Annual administration report of the Civil Veterinary Department of India - 1905-1906
Year: 1905
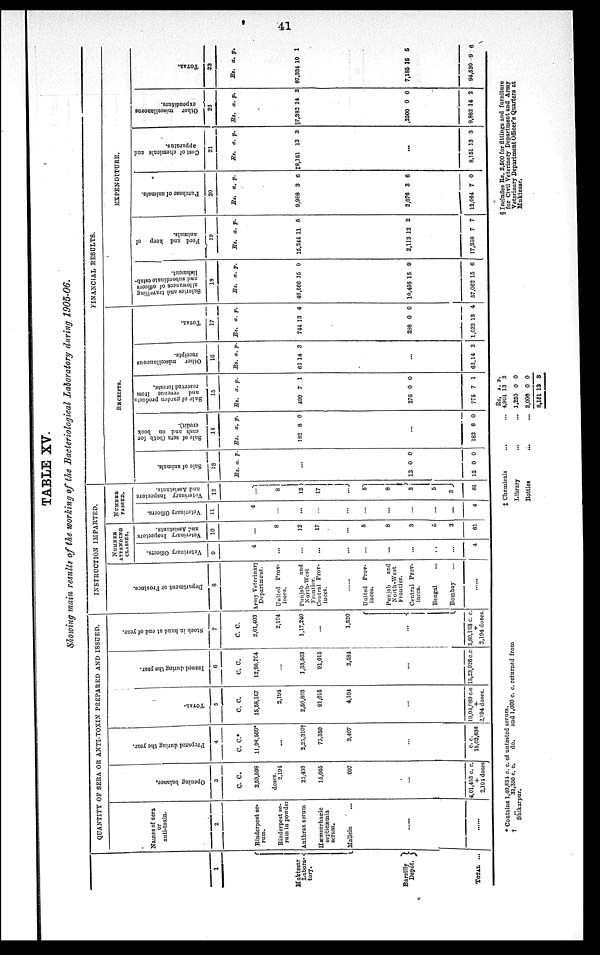
41
TABLE XV.
Showing main results of the working of the Bacteriological Laboratory during 1905-06.
1
Muktesar
Labora¬
tory.
Bareilly
Depôt.
TOTAL ...
QUANTITY OF SERA OR ANTI-TOXIN PREPARED AND ISSUED.
Names of sera
or
anti-toxin.
2
Rinderpest se-
rum.
Rinderpest se-
rum in powder
Anthrax serum
Hæmorrhagric
septicæmia
serum.
Mallein ...
......
......
Ope ni ng bal ance.
3
C. C.
3,59,508
doses.
2,191
23,493
15,665
697
...
4,01,453 c. c.
+
2,194 doses
Prepared during the year.
4
C. C.*
11,08.500*
...
2,23,310†
75,350
3,407
...
c. c.
15,02,636
TOTAL.
5
C. C.
15,58,167
2,194
2,50,803
91,015
4,101
...
19,04,080 c.c
+
2,194 doses.
I s s ued dur i
ng the year.
6
C. C.
12,96,704
...
1,33,563
91,015
2,584
...
15,23,926 c.c.
Stock in hand at end of year.
7
C. C.
2,61,403
2,194
1,17,240
...
1,520
...
3,89,163 c. c.
+
2,194 doses.
INSTRUCTION IMPARTED.
De pa r
tme nt or Pr ovi nce.
3
Army Veterinary
Department.
United Prov-
inces.
Punjab
and
North-West
Fraontier.
Central Prov-
inces.
......
United Prov-
inces.
Punjab
and
North-West
Frontier.
Central Prov-
inces.
Bengal ...
Bombay ...
......
NUMBER
ATTENDING
CLASSES.
Veterinary Officers.
9
4
...
...
..
...
...
...
...
...
...
4
Veterinary Inspectors
and Assistants.
10
...
8
12
17
...
5
8
3
5
3
61
NUMBER
PASSED.
Veterinary Officers.
11
4
...
...
...
...
...
...
...
...
...
4
Veterinary Inspectors
and Assistants.
12
...
8
12
17
...
5
8
3
5
3
61
FINANCIAL RESULTS.
RECEIPTS.
Sal e of animals.
13
R.
12
12
a.
...
0
0 0
p.
0
Sal e of s e r a ( b o t h for
cash and on book
credit).
14
Rs.
182
...
182
a.
8
8
p.
0
0
Sal e of pardon products
and revenue f
r
om
reserved f or est s.
15
Rs.
499
276
775
a.
7
0
7
p.
1
0
1
Ot her miscellaneous
receipts.
16
Rs.
62
62 1
a.
14
...
4
p.
3
3
TOTAL.
17
Rs.
744
288
1,032
a.
13
0
13
p.
4
0
4
EXPENDITURE.
Salaries and travelling
allowances of officers
and subordinate estab-
l
i
s hment .
18
Rs.
48,566
10,495
57,062
a.
15
15
15
p.
9
9
6
Feed and keep of
animals.
19
Rs.
15.244
2,113
17,358
a.
11
12
7
p.
6
2
7
Pur c ha s e of animals.
20
Rs.
9,988
2,076
12,064
a.
3
3
7
p.
6
6
0
Cost of chemicals and
apparatus.
21
Rs.
‡8,151
8,151
a.
13
...
13
p.
3
3
Ot her miscellaneous
expenditure.
22
Rs.
§7,382
2500
9,882
a.
14
0
14
p.
2
0
2
TOTAL.
23
Rs.
87,334
7,185
94,620
a.
10
15
9
p.
1
6
6
* Contains 1,40,854 c. c. of untested serum.
†
„
31,350 c. c.
do.
and 1,000 c. c. returned from
Shikarpur.
‡ Chemicals... ...
Library...
...
Bottles...
...
Rs,
4,901
1,250
2,000
8,151
A.
13
0
0
13
P.
3
0
0
3
§ Includes Rs. 2,500 for fittings and furniture
for Civil Veterinary Department and Army
Veterinary Department Officer's Quarters at
Muktesar.